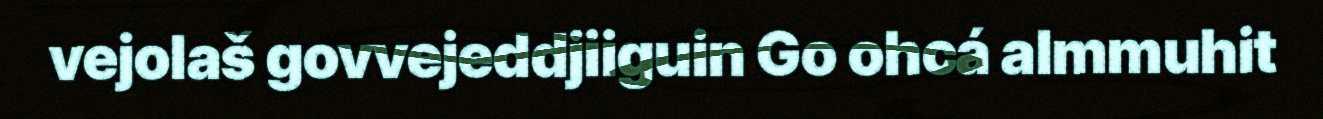
vejolaš govvejeddjiiguin Go ohcá almmuhit